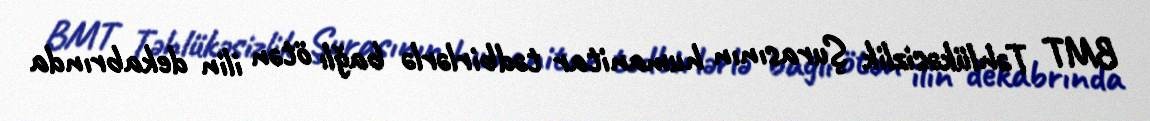
BMT Təhlükəsizlik Şurasının humanitar tədbirlərlə bağlı ötən ilin dekabrında